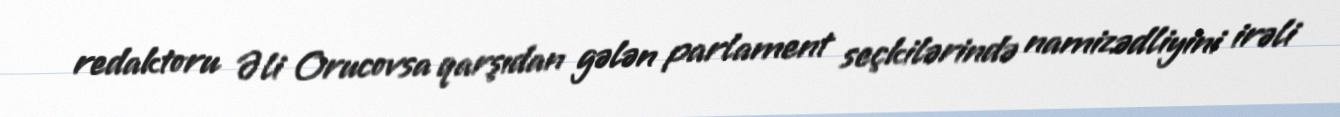
redaktoru Əli Orucovsa qarşıdan gələn parlament seçkilərində namizədliyini irəli